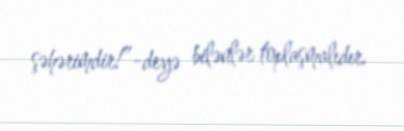
şəhərimdir!”-deyə bilənlər toplaşmalıdır.